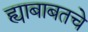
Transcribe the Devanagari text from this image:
ह्याबाबतचे